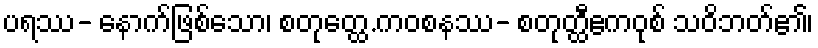
ပရဿ- နောက်ဖြစ်သော၊ စတုတ္ထေ.ကဝစနဿ- စတုတ္ထီဧကဝုစ် သဝိဘတ်၏၊